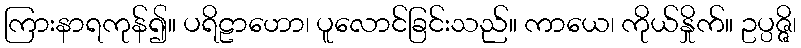
ကြားနာရကုန်၍။ ပရိဠာဟော၊ ပူလောင်ခြင်းသည်။ ကာယေ၊ ကိုယ်နှိုက်။ ဥပ္ပဇ္ဇိ၊